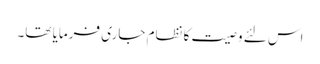
اس لئے وصیت کا نظام جاری فرمایا تھا۔